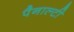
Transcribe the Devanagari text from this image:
पैनाल्टी